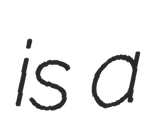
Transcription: is a